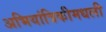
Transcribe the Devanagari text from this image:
अभियांत्रिकीमधली